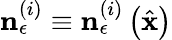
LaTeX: \mathbf{n}_{\epsilon}^{\left(i\right)}\equiv\mathbf{n}_{\epsilon}^{\left(i\right)}\left(\hat{\mathbf{x}}\right)